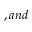
, a n d